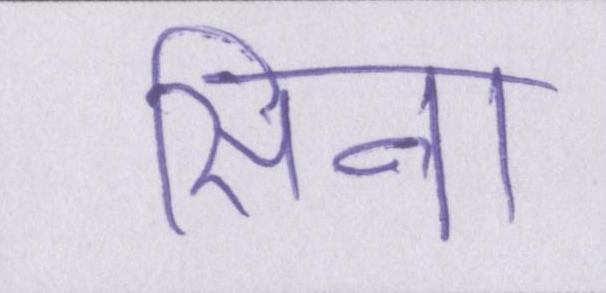
सीना